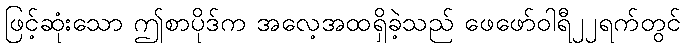
ဖြင့်ဆုံးသော ဤစာပိုဒ်က အလေ့အထရှိခဲ့သည် ဖေဖော်ဝါရီ၂၂ရက်တွင်